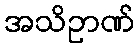
အသိဥာဏ်